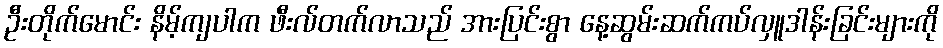
ဦးတိုက်မောင်း နိမ့်ကျပါက ဖီးလ်တက်လာသည် အားပြင်းစွာ နေ့ဆွမ်းဆက်ကပ်လှူဒါန်းခြင်းများကို